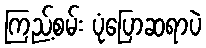
ကြည့်စမ်း ပုံပြောဆရာပဲ